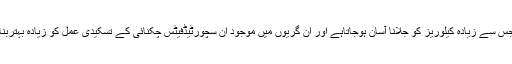
اسی طرح گریوں میں موجود فائبر معدے میں چکنائی کو جذب ہونے میں مدد دیتا ہے جس سے زیادہ کیلوریز کو جلانا آسان ہوجاتاہے اور ان گریوں میں موجود ان سچورٹیڈفیٹس چکنائی کے تسکیدی عمل کو زیادہ بہتربناتے ہیں ،یعنی کیلوریز کو توانائی کے لیے استعمال کرنے کا عمل زیادہ تیز ہو جاتاہے۔